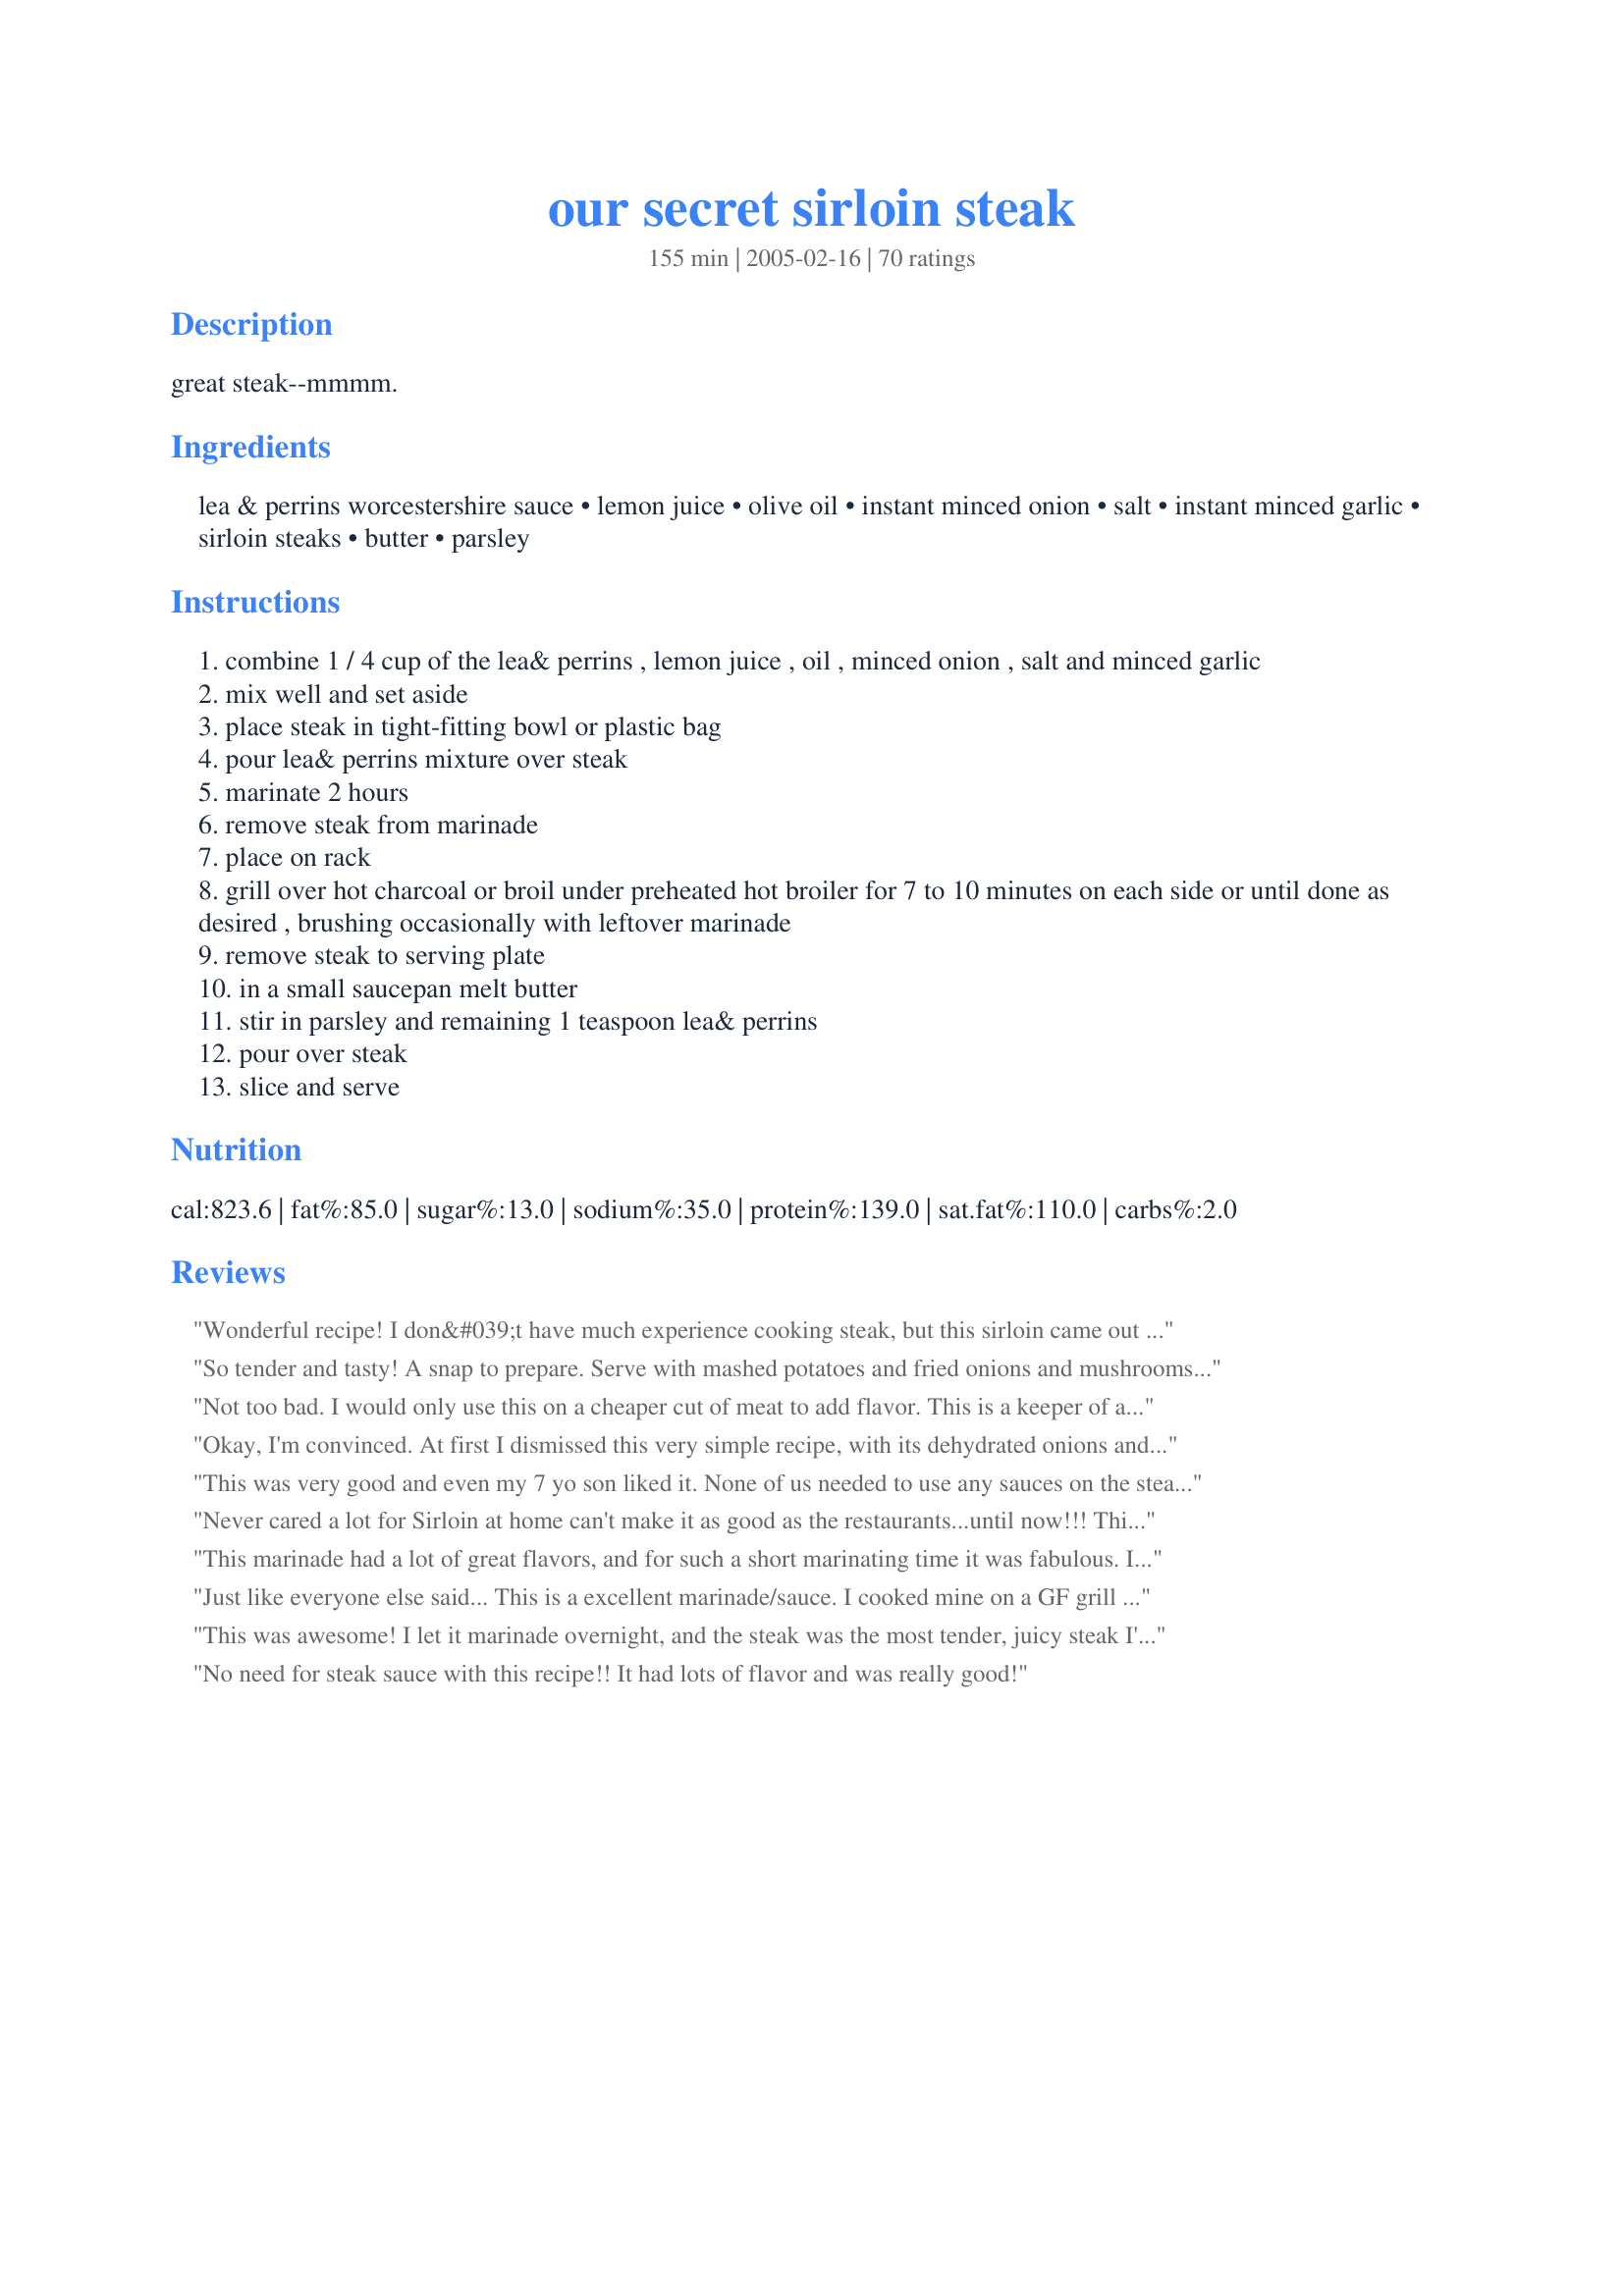
our secret sirloin steak
Preparation time: 155 minutes

great steak--mmmm.

Ingredients:
lea & perrins worcestershire sauce, lemon juice, olive oil, instant minced onion, salt, instant minced garlic, sirloin steaks, butter, parsley

Steps:
combine 1 / 4 cup of the lea& perrins , lemon juice , oil , minced onion , salt and minced garlic
mix well and set aside
place steak in tight-fitting bowl or plastic bag
pour lea& perrins mixture over steak
marinate 2 hours
remove steak from marinade
place on rack
grill over hot charcoal or broil under preheated hot broiler for 7 to 10 minutes on each side or until done as desired , brushing occasionally with leftover marinade
remove steak to serving plate
in a small saucepan melt butter
stir in parsley and remaining 1 teaspoon lea& perrins
pour over steak
slice and serve

Reviews:
Wonderful recipe! I don&#039;t have much experience cooking steak, but this sirloin came out so flavorful. I grilled it to medium-rare (just by chance!) and it was so tender. I highly recommend this recipe!
So tender and tasty! A snap to prepare. Serve with mashed potatoes and fried onions and mushrooms. Delicious. The butter sause made a nuce touch. Will definitley be a frequent dish in our house. Thanks for sharing.
Not too bad. I would only use this on a cheaper cut of meat to add flavor.
This is a keeper of a recipe.
Okay, I'm convinced. At first I dismissed this very simple recipe, with its dehydrated onions and instant minced garlic, out-of-hand, then I saw all of the reviews and tried it. Yeah, it's awesome. There's almost no reason to buy ribeye or fillet anymore, when one can make sirloin taste this good. (Okay, I did use a small fresh shallot and fresh garlic because I didn't have the dehydrated stuff, but I'm sure it works well either way.)Amazing!
This was very good and even my 7 yo son liked it. None of us needed to use any sauces on the steak (A1, ketchu, etc)
Never cared a lot for Sirloin at home can't make it as good as the restaurants...until now!!! This marinade rocks, so good and so easy. In my permanent recipe file now, not many get in there, it's a real keeper.
This marinade had a lot of great flavors, and for such a short marinating time it was fabulous. I'll use this one again.
Just like everyone else said... This is a excellent marinade/sauce. I cooked mine on a GF grill too and they came out perfect, and tasty. Thank you.
This was awesome! I let it marinade overnight, and the steak was the most tender, juicy steak I've had in a long time. Paired it with twice-baked potatos and it was a winner.
No need for steak sauce with this recipe!! It had lots of flavor and was really good!
I got great reviews. This was the best steak I have ever made. I followed the directions, but did use fresh onions in addition to onion powder. I am keeping this recipe.
I used 1/2 c. minced onion in place of the instant and 2 fresh garlic cloves instead of the instant, and it came out great. I think next time I may cut the lemon down to 1 T. and see how we like it. I marinated for about 5 hrs. and grilled our 1 " steaks over high heat for about 3 mins. on each side to come out perfectly med-rare in the middle. Thanks!
My son was craving steak and picked up a sirloin at Fresh Market, I'm not a beef eater and I had to substitute the lemon(lime) juice with tangerine juice. Marinated the steak for an hour, only had a 1.5pm steak and broiled for 6 min on each side. He said it was the best he had ever tasted.
This is definitely a 5 star recipe! I forgot to buy my usual packaged marinade for a top round steak and I am so glad I did. After trying this recipe with the simple ingredients I already had in my kitchen, I discovered a new way to make steak! I marinated it for about 6 hrs. and found the meat to be tender, flavorful and delicious. Thank you so much for the awesome recipe!
The marinade was great. I marinated my steaks for about 6 hours and the flavor was deep into the meat. The sauce really complimented the flavors and made this extra special! A do again recipe for us!
Followed the receipe exactly. The meat was tender & cooked perfectly, but just lacked any flavor.
I am on the fence with this one. I marinated 2 large rib eye steaks for about 8 hours. Yes it was flavourful...but I don't know how I felt about the large pieces of onion left on the steaks. I did cut out the butter and parsley sauce as my DH is not a big fan of parsley. I would come back to this recipe in a pinch, but probably not use as much minced onion. Sorry I am the "odd man out"!!!
I've made this recipe twice now--once as written (but without the end drizzle) and once with a different set of seasonings. Very tasty. If I make this recipe again, I will consider skipping the lemon juice as the end product was a bit too acidic for me.
Great marinade! i especially liked the butter/parsley at the end. Thanks alot!
Made this the other night and we thought it was super! Being fans of Worcestershire Sauce and having parsley yet in my MN garden, these were the perfect thing and VERY tender!
This was awesome! I used the lemon juice and broiled them for 7 min on each side. I used filets, but I still marinated it overnight to get all that flavor. The only other change I made was to use fresh onion and garlic. This was my first time cooking steak on my own, and it tasted way better than a restaurant's!
Fantastic marinade that really penetrated the sirloin well. I also was hesitant about the instant minced onion and garlic, but they really added a depth of flavor, I think. I will be using this recipe again. Thanks for posting this winner!
Excellent recipe. We loved this. I don't normally marninate my steak because the cut I buy is always tender but I thought for a change I'd add flavor other than steak spice. I am so glad that I tried this. A keeper for sure. Thank you for an excellent recipe.
We tried your recipe yesterday on a large piece of top sirloin... we were very impressed with the results, both taste-wise and in tenderness...we will definitely be using this "secret" again...thanks for sharing.
Great flavor, we used our vacuum sealer marinater for 30 minutes and added a little McCormick's steak seasoning right before grilling. I didn't have fresh parsley so used dried for the butter and it was amazing.
As easy as it is to skip the butter/parsley addition, DON'T! It was too hot to bbq outside so I used my grill pan. I only made 1 lb of sirloin for the three of us (which is normally fine) and at the end of dinner we were all looking at the serving platter longing for more. I served this with sauteed crimini mushrooms and roasted asparagus. Just do it as it is written and all will be excellent with your steak!
Wow, we will be using this recipe again and often.
This recipe was awesome.
This is the first time I can say that I cooked a delicious steak at home without grilling it outside on a grill. The flavor of this steak is no joke! 

I cut the marinating time down to 1 hr because of time constraints, and I cooked the steaks for about 5 minutes total on a George Foreman grill, after scraping off the excess onion and garlic marinade. Delicious, juicy, and barely pink in the middle! YUM!!

Thank you for a fabulous steak recipe that I'll be using many times again!
This was delicious! Our family resides abroad at the moment and there is no steak sauce sold here. I have tried several marinating recipes in the past, but, this is without a doubt, the best. My family thanks you!
This was delicious! I didn't marinate my steaks for two hours, just about 1.5 hours. Then when I was pouring the marinade into the bag with the steaks, I left about 2 tablespoons to make the sauce with. I did end up over-broiling my steaks. I am a rare steak person (I like 'em mooing!) but they still tasted good at almost medium-well. I also added about a teaspoon of brown sugar when making the sauce to add a touch of sweetness. It was wonderful! Next time, I will cut down the broiling time, or if Mother Nature will be kind enough, my bbq grill wont be covered in snow!
Absolutely Supberb!!! Didn't have the minced onion used 1 1/2 tsp onion powder and broiled a bit longer...only mistake I cut back to 2 steaks, should've done at least 4 very tender will be making again soon and adding to my cookbooks!!! Thanks Super easy as sooooooo good!!!!
I like the sound of this and will be trying it tonight. But I wanted to reply to Abby Girl re her review. Rib-eye steaks do not need to be marindated. They are in the league with strip steaks, t-bones, etc. Salt and pepper is all that is needed. Try and marinade with cuts like sirloin or flank. Cheers
Super marinade, I let it cool slightly and served it over a salad of baby greens with garden new potatoes on the side. This is a keeper.
I'd give this ten stars if I could. I was a little leary of using dry ingredients instead of fresh onion and garlic, but this was so good and savory. A definate keeper. Thanks!!!
Pretty impressive. Sirloin isn't my favorite steak-cut, but this marinade makes the meat tender and delicious without overpowering flavors. I'll bet those who say they don't like marinated meat would like this recipe. I used lime juice instead of lemon, and Mrs. Dash Garlic & Herb seasoning for the minced garlic. This recipe is a definite "keeper," and I'm going to experiment with other less-tender cuts of beef like flank steak or round steak. Thank you, Dropbear, for this great recipe. :)
I usually don't care too much for sirloin steaks but these were so good. The butter was the perfect touch!
My family really did enjoy this steak recipe. Having the onions in it made it taste just a little different and unique. Thanks for sharing such a great recipe.
This was a delicious take on a rather lean cut of beef. I marinated it for 3 hours and grilled it. It was perfect. Thank you.
I tried this recipe on two 1.5 lb sirloin steaks. I substituted the 1/4 c minced onion with 1/8 c granulated onion (not onion powder). I wasn't sure what the substitution ratio should be, but the marinade started getting thick so any more than that would not have worked. I tasted the marinade before pouring it over the beef - delish! I marinated for a little over 2 hours, then broiled 6 minutes on one side, flipped and broiled 5 minutes on the other. I let the steaks rest for about 15 minutes while I prepared the rest of the meal, then sliced against the grain. The meat was tender and flavorful and a perfect medium rare. Served with a steamed broccoli-cauliflower medley and sweet potato fries. Dinner was a big hit. Thank you, Dropbear!
Delicious marinade. I opted for the lime juice and broiled them (5 mins each side for medium rare). The kids didn't care for it, but DH and I ate it up. Will make again! Marinated it for 4 hours.
Along with everyone else, I LOVED this recipe! Easy and delicious. the only difference is I used onion powder instead of minced onion and I let my Worcestershire Butter cool down before serving and placed a scoop of it on each individual hot steak. Everyone raved how tender the steak was and how fabulous steaks tasted.
This was really good. Not the BEST I've ever had in my life, but very good. And since it's so easy and fast, it gets 4 stars.
The "SECRET" is out... Gotta try this one! It's awesome! I used Sirloin steak and it went over so well with my family, it's fast become one of our favorites!
We loved this steak. I cut the recipe in half for the two of us, and followed the recipe using fresh lime juice. DH grilled it for 7 minutes per side for a nice pink and juicy center. We served it with fresh corn on the cob from the farmer's market, a lovely salad, and crescent rolls. Make for a wonderful 27th anniversary dinner last night. Thanks for sharing your wonderful recipe.
Excellent - I am now known for my delicious steaks! I did however only used the marinade, and skipped the garnish at the end (just lazy).
This is a wonderful marinade. I marinated my sirloins overnite in this, and they turned out great! This is definitely a keeper, and will make this again.
I always feel bad giving a ho-hum review when others rate it so highly, but this wasn't a big hit at our house. I did broil the steak; perhaps grilling would have been tastier. We thought it was okay, nothing more.
Delicious! Everyone really loved the flavor depth that the marinade provided and the finishing butter/parsley sauce was the perfect ending. Thanks.<br/><br/>Addendum: Oooh, just made this again and loved it just as much! Didn't have parsley but I did have cilantro and it still was fabulous! You've just got to try this...simple, easy, and wonderful!
I agree that the marinade was excellent, but next time I will marinade it overnight... I'd prefer the taste to penetrate into the meat. I didn't do the garnish (out of butter), but really didn't think the steak needed it. The recipe was definitely good and easy, and it will be repeated. Thanks!
A++++++++++ absolutely delicious! Broiled on low and turned out perfect!
Delicious marinade. I used New York steaks and they turned out so flavorful and juicy. I used only 2 tablespoons of onion, and used a clove of fresh garlic. I also didn't make the butter topping. Instead, I marinated some portabella mushrooms for the last half hour with the steaks, grilled them, and served them atop the steaks. Very elegant!
Pretty good and very easy to make. Thanks for posting.
This is the best recipe ever. This was the best steak ever. All of my family loved the steak. It was sooo tender and had lots of flavor.
This marinade was awsome and I don't like steak! I made this for my husband because he loves red meat and I ended up picking bigger and bigger pieces off of his plate! WOW is all I can say the steak did not dry out at all and was so tender. This is the only way I will do steak for now on!
This was very yummy! I used it on a london broil and we really enjoyed the butter topping. Great recipe!!
Used lemon juice. Used onion powder and not paying attention 1/4 cup. Once I saw what I had done thought YIKES! Oh well went on anyway. Turned out just great but I do think next time I will cut the broil time down. Thanks always need a recipe for a not so great steak that turns out pretty great!
I loved loved loved this marinade! I used fresh onion and left it overnight. The flavor really set in and came out amazing. Thanks for the great recipe!
I punched the steak with a 24 blade stainless steel marinade device. This is a great help on less expensive cuts to get the sauce deep into the meat. Grilled 7 min per side and it was great. It changed my DW opinion on sirloin. Don&#039;t change a thing.
I like Lea & Perrins but it seemed to over power the entire marinate, I will use less next time. In my personal opinion I would not reuse the marinate over the meat unless it was boiled for a period of time and then it is questionable because of the blood coming from the meat. I tried the marinate before putting it on the steak and it has an excellent taste!
This was great! I;m Atkins-ing it right now, so this was right up my alley. I marinated a few sandwich-sliced sirloins and made them in my broiler. Also did a couple on the stovetop grill. Thanks a lot!
I used this for our steaks the other night and they were to die for. I loved the flavor of these and plan on using them all summer when we grill all our steaks. Delicious. thank you for posting.
This was really good. I'm sure I will make again. Thanks
This steak marinade was so delicious! The flavor was strong, but not too strong. I almost skipped the very last step with the butter and parsley, but didn't and I'm glad I kept it! It really added to the flavor of the steak! We had company over and one of our friends wanted the recipe! Thanks for sharing this tasty and easy marinade!
Very good! I loved the minced onions.
The marinade was excellent. I used the lime juice and the flavors were very palate pleasing
We had family from overseas here and dad was persistant that he was making his fast roast pork and apples - I have this thing about pork at the moment so decided to have a steak - used this seasoning - but for one steak only and i didn't use sirloin steak. As the night went on - dad kept making mistake with his pork and we had run out of certain required ingredients. Him and my uncle became very jelous of the beautiful fillet i had marinading. I fryed it in a hot pan and let it rest for 30 minutes before eating it (dad messed up the timing as well) i used the remaining marinade and added a couple of dollops of creme fraiche and a bit of cornflour - it was far to strong just for one person but perfect for croud size as it was very strong. Well my meal was a sucess the others kept eyeing up my plate while trying not to hurt dads feelings. I have been told that i will be making this again and that it will be a regular. Thanks for posting. Fantastic recipe. Happy cooking. Miss Pixie x x x :D
I require a clarification. Does this recipe really call for one 3 lb steak? Do steaks really come that size? This size sounds like a roast to me. I have a 3.5 lb roast; could I cut four 1 1/4&quot; steaks from this roast? Much appreciated, if anyone could respond. Thank you.
This was absolutely wonderful! I don't like steak and I even enjoyed this. The rest of the family loved it so much, they were fighting for seconds. I actually made two steaks with two different marinades thinking I could choose one over the other for our next steak dinner, but they were both excellent! Thanks so much for posting this easy but wonderful recipe.
Oh baby! This is guh-ood! I had time for only a 15 minute soak in the marinade, so probably didn't get the FULL effect, but didn't matter--we were all totally IN LOVE! I always trim the fat, so that helps make it low-fat (or at least that's what I tell myself). I added minced fresh garlic instead of the parsley--mmmgood! I added the marinade to the melted butter...we made PIGS of ourselves dipping bite-size morsels into the sauce. What made it even better was the steak came from our very own beef...exquisite. The smell of the marinade drew the kids in, I didn't even have to call them for supper!
